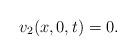
LaTeX: \begin{align*} { v_2} (x,0,t) = 0.\end{align*}